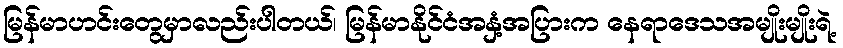
မြန်မာဟင်းတွေမှာလည်းပါတယ်၊ မြန်မာနိုင်ငံအနှံ့အပြားက နေရာဒေသအမျိုးမျိုးရဲ့